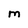
Character: M